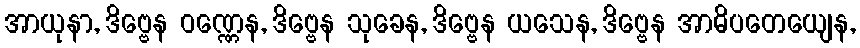
အာယုနာ, ဒိဗ္ဗေန ဝဏ္ဏေန, ဒိဗ္ဗေန သုခေန, ဒိဗ္ဗေန ယသေန, ဒိဗ္ဗေန အာဓိပတေယျေန,